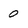
Character: 0